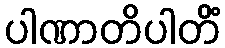
ပါဏာတိပါတိံ